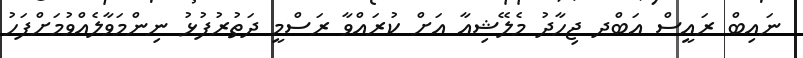
ނައިބް ރައީސް އަބްދ ޖިހާދު މެލޭޝިއާ އަށް ކުރައްވާ ރަސްމީ ދަތުރުފުޅު ނިންމަވާލެއްވުމަށްފަހު